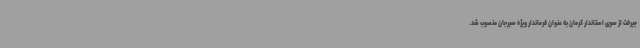
جیرفت از سوی استاندار کرمان به عنوان فرماندار ویژه سیرجان منصوب شد.